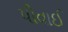
પીવાઈ